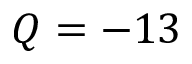
Q = - 1 3